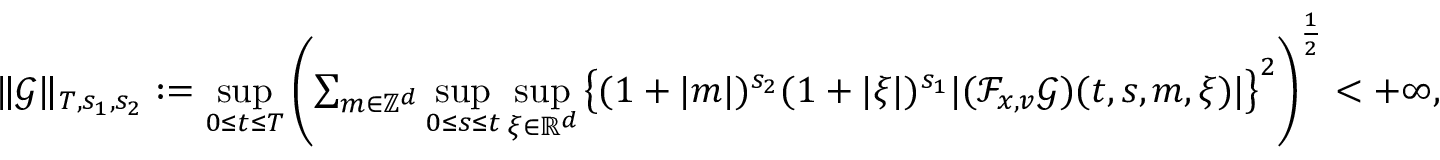
\begin{array} { r } { \Vert \mathcal { G } \Vert _ { T , s _ { 1 } , s _ { 2 } } : = \underset { 0 \leq t \leq T } { \operatorname* { s u p } } \left( \sum _ { m \in \mathbb Z ^ { d } } \underset { 0 \leq s \leq t } { \operatorname* { s u p } } \, \underset { \xi \in \mathbb R ^ { d } } { \operatorname* { s u p } } \, \big \lbrace ( 1 + \vert m \vert ) ^ { s _ { 2 } } ( 1 + \vert \xi \vert ) ^ { s _ { 1 } } \vert ( \mathcal { F } _ { x , v } \mathcal { G } ) ( t , s , m , \xi ) \vert \big \rbrace ^ { 2 } \right) ^ { \frac { 1 } { 2 } } < + \infty , } \end{array}